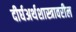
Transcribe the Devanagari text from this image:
दीर्घअर्थशास्त्रावरील